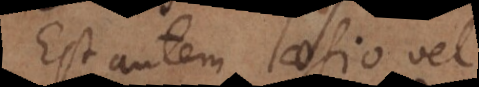
Est autem laesio vel